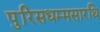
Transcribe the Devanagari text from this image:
पुरिसधम्मसारथि